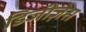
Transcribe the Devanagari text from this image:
डिजीज़ेस